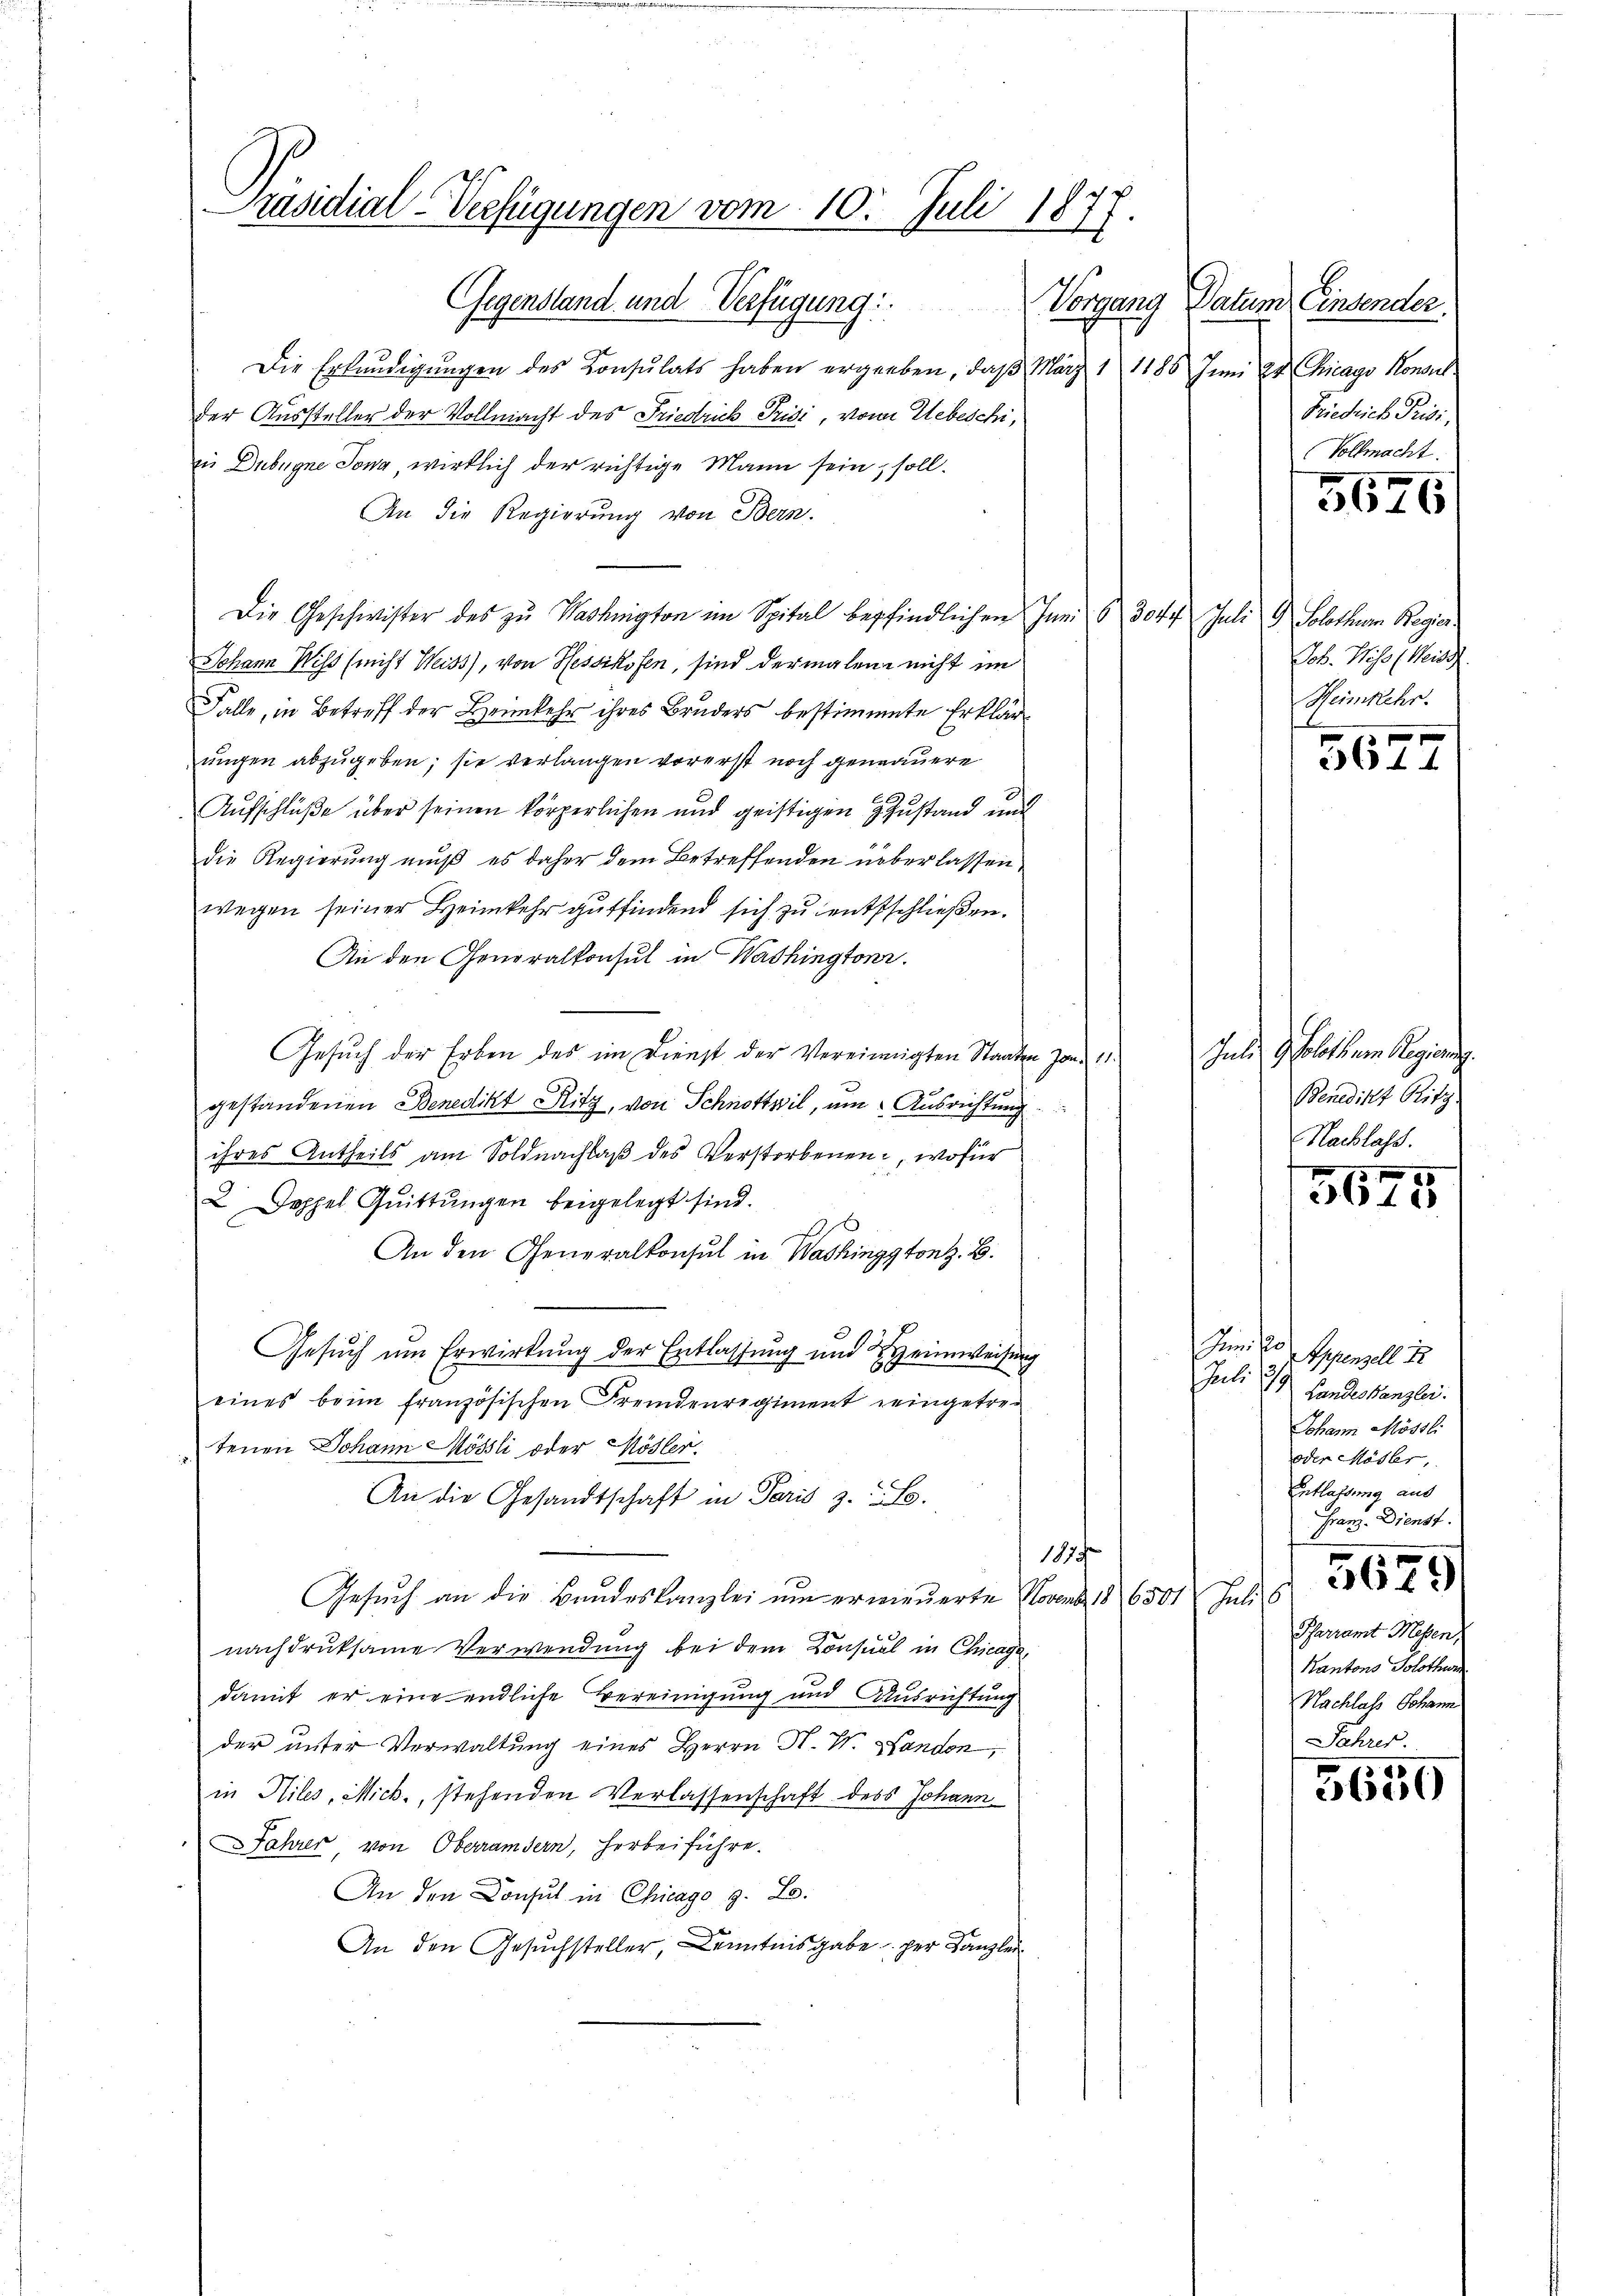
Präsidial-Verfügungen vom 10. Juli 1877.

Gegenstand und Verfügung:
Die Erkundigŭngen des Konsulats haben ergeben, daβ März 1 1186 Juni et Chicago Konsul
der Aussteller der Vollmacht des Friedrich Prisi, von Uebeschi,
in Dubugne Jona, wirklich der richtige Mann sein, soll.
An die Regierung von Bern.
Die Geschwister des zŭ Wachngton im Spital bepfindlichen Juni 6 3044 Juli 9 Solothurm Regier
Johann Wiss (nicht Weiss, von Hessikofen, sind dermalen nicht im
Falle, in Betreff der Heimkehr ihres Bruders bestimmte Erklär
ungen abzugeben; sie verlangen vorerst noch genauere
Aufschlüße über seinen körperlichen und geistigen Zustand und
die Regierung muß es daher dem Betreffenden überlassen
wegen seiner Heimkehr gutfindend sich zu entsschließen.
An den Generalkonsul in Washingtonr.
Gesuch der Erben des im Dienst der Vereinigten Staaten vom 11. Juli d. Solothur Regierung.
gestandenen Benedikt Ritz, von Schnottwil, um Ausrichtung
ihres Antheils am Soldnachlaβ des Verstorbenen, wofür
2 Doppel Quittungen beigelegt sind.
An den Generalkonsul in Washington z. B.
Gesuch um Erwirkung der Entlassung und Heimweisung
eines beim französischen Fremdenregiment eingetretenen Johann Mössli oder Mösler
An die Gesandtschaft in Paris z. S.
1879
Gesuch an die Bandeskanzlei um erneuerte Novens 186501 Juli s
nachdruksame Verwendung bei dem Consul in Chicage,
damit er eine endliche Vereinigung und Ausrichtung
der unter Verwaltung eines Herrn H. W. Handen,
in Hiles, Mich., stehenden Verlassenschaft des Johann
Jahrer von Oberämtern, herbeiführe.
An den Consul in Chicago z. B.
An den Gesuchsteller, Kenntnisgabe der Kanzlei

Vorgang Datum Einsender
Friedrich Privi
Vollmacht.

5626

Job. Viso (Weiss
Heimkehr.

3674

Benedikt Ritz.
Nachlass.

3
3618

Jum 20. Appenzell 12.
Juli 19 Landeskanzlei.
Johann Mössli
oder Mösler,
Entlassung aus
Franz. Dienst.
2
361.
Pfarramt Messen,
Kantons Solothur
Nachlass Johann
Jahres.

5650